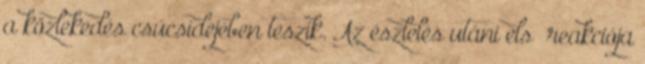
a közlekedés csúcsidejében teszik. Az észlelés utáni elsı reakciója